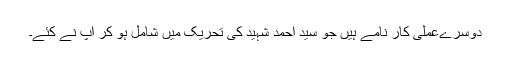
دوسرےعملی کار نامے ہیں جو سید احمد شہید کی تحریک میں شامل ہو کر آپؒ نے کئے۔